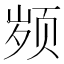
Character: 𱂤